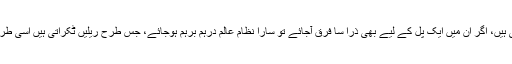
ان کے درمیان جو نسبتیں قائم کردی گئی ہیں، اگر ان میں ایک پل کے لیے بھی ذرا سا فرق آجائے تو سارا نظام عالم درہم برہم ہوجائے، جس طرح ریلیں ٹکراتی ہیں اسی طرح سیارے ایک دوسرے سے ٹکراجائیں۔